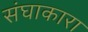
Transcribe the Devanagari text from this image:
संघाकारा